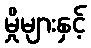
မှိုများနှင့်